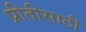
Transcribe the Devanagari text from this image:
प्रीतीसाठी